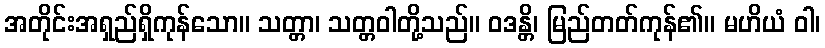
အတိုင်းအရှည်ရှိကုန်သော။ သတ္တာ၊ သတ္တဝါတို့သည်။ ဝဒန္တိ၊ မြည်တတ်ကုန်၏။ မဟိယံ ဝါ၊